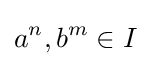
a^{n},b^{m}\in I